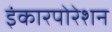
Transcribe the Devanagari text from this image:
इंकारपोरेशन